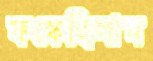
ফস্‌কেছিলাম